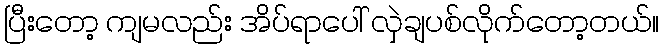
ပြီးတော့ ကျမလည်း အိပ်ရာပေါ် လှဲချပစ်လိုက်တော့တယ်။